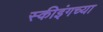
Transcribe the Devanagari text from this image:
स्कीइंगच्या